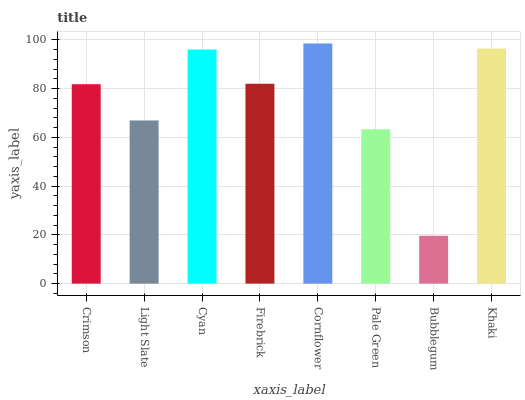
| xaxis_label | bars |
 | --- | --- |
 | Crimson | 81.8 |
 | Light Slate | 66.9 |
 | Cyan | 96 |
 | Firebrick | 82 |
 | Cornflower | 98.5 |
 | Pale Green | 63.3 |
 | Bubblegum | 19.6 |
 | Khaki | 96.4 |